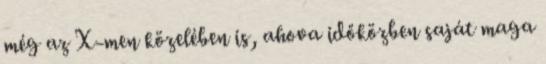
még az X-men közelében is, ahova időközben saját maga